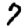
Digit: 7